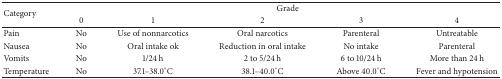
| <ROWSPAN=2> Category | <COLSPAN=5> Grade |
 | 0 | 1 | 2 | 3 | 4 |
 | --- | --- | --- | --- | --- | --- |
 | Pain | No | Use of nonnarcotics | Oral narcotics | Parenteral | Untreatable |
 | Nausea | No | Oral intake ok | Reduction in oral intake | No intake | Parenteral |
 | Vomits | No | 1/24 h | 2 to 5/24 h | 6 to 10/24 h | More than 24 h |
 | Temperature | No | 37.1–38.0°C | 38.1–40.0°C | Above 40.0°C | Fever and hypotension |